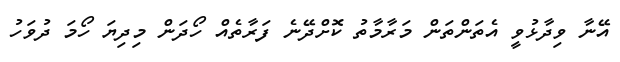
އޭނާ ވިދާޅުވީ އެތަންތަން މަރާމާތު ކޮށްދޭނެ ފަރާތެއް ހޯދަން މިދިޔަ ހޯމަ ދުވަހު